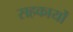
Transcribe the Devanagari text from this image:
सहकार्यों